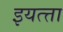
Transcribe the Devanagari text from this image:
इयत्त्ता